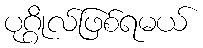
ပုဂ္ဂိုလ်ဖြစ်ရမယ်